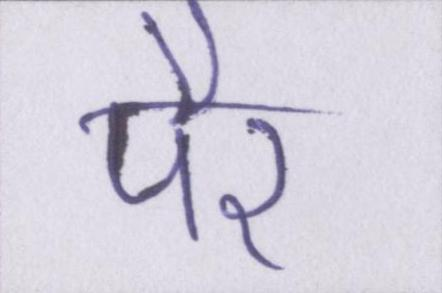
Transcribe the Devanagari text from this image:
पैर